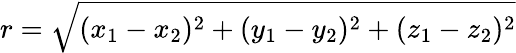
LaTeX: r={\sqrt{(x_{1}-x_{2})^{2}+(y_{1}-y_{2})^{2}+(z_{1}-z_{2})^{2}}}